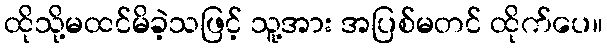
ထိုသို့မထင်မိခဲ့သဖြင့် သူ့အား အပြစ်မတင် ထိုက်ပေ။